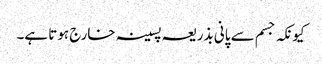
کیونکہ جسم سے پانی بذریعہ پسینہ خارج ہوتا ہے۔